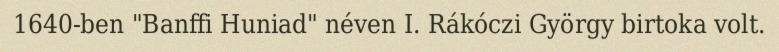
1640-ben "Banffi Huniad" néven I. Rákóczi György birtoka volt.